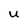
Character: U